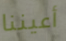
أعيننا